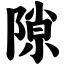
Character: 隙